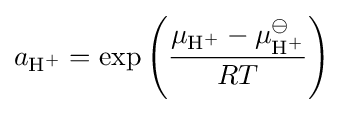
a_{\mathrm {H} {\vphantom {A}}^{+}}=\exp \left({\frac {\mu _{\mathrm {H} {\vphantom {A}}^{+}}-\mu _{\mathrm {H} {\vphantom {A}}^{+}}^{\ominus }}{RT}}\right)